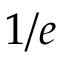
1 / e